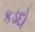
કડદો